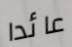
عائدا